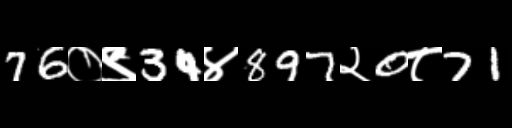
Text: 76०९34४897२0८71